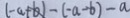
( - a + b ) - ( - a - b ) - a